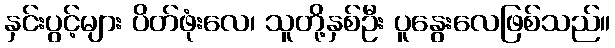
နှင်းပွင့်များ ပိတ်ဖုံးလေ၊ သူတို့နှစ်ဦး ပူနွေးလေဖြစ်သည်။